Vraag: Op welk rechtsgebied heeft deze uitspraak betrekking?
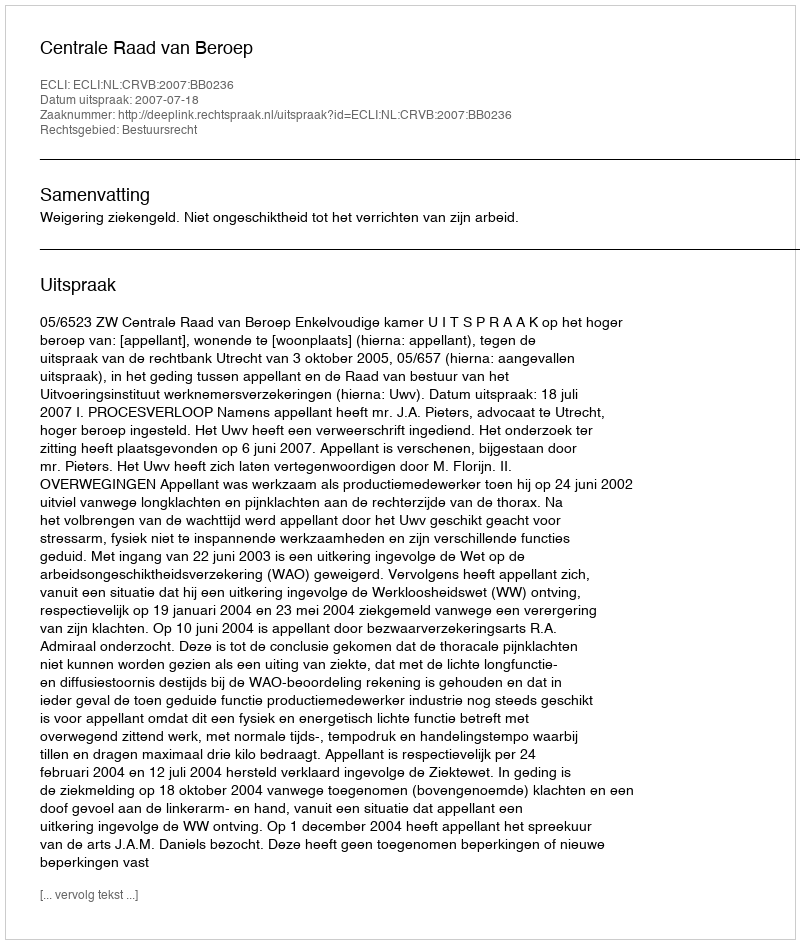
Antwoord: Bestuursrecht